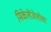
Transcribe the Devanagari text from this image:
मिकेलेंजेलोचा